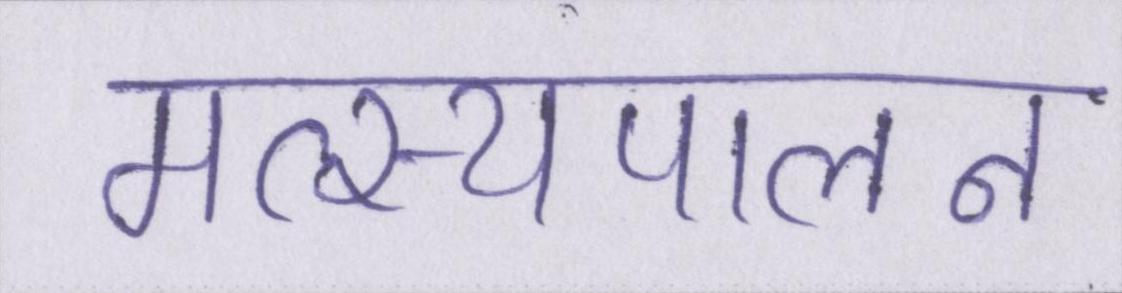
मत्स्यपालन